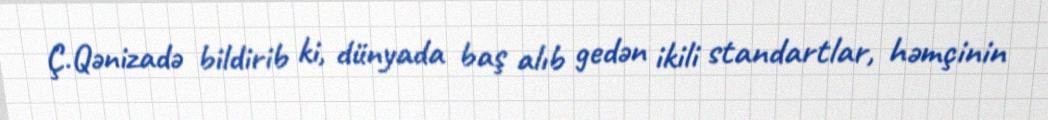
Ç.Qənizadə bildirib ki, dünyada baş alıb gedən ikili standartlar, həmçinin